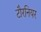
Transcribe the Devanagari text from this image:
टौरनियर